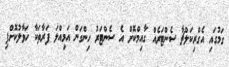
ގަމުގައި އެގްރިކަލްޗާ ސެންޓަރެއް ގާއިމްކޮށް އެ ސެންޓަރު ހިންގަން އަމިއްލަ ފަރާތަކާ ހަވާލުކޮށްފި